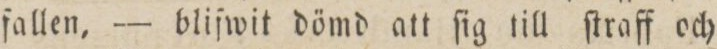
fallen, — blifwit dömd att ſig till ſtraff och